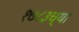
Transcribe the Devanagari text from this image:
१७८३च्या